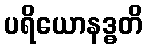
ပရိယောနဒ္ဓတိ